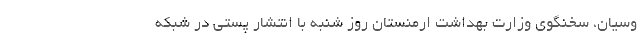
وسیان، سخنگوی وزارت بهداشت ارمنستان روز شنبه با انتشار پستی در شبکه